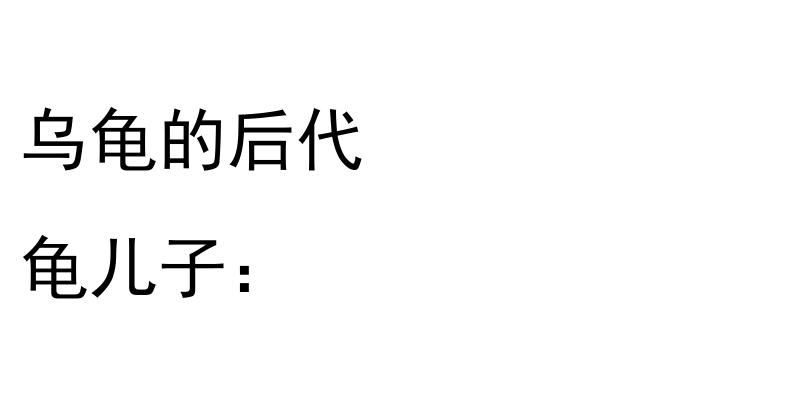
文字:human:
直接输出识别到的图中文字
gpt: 乌龟的后代 龟儿子：